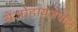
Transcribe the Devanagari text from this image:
बेंजोडायजेपाइन